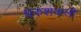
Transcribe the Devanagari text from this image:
धरुशकली